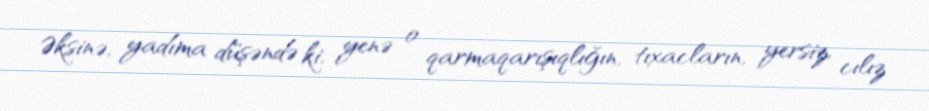
Əksinə, yadıma düşəndə ki, yenə o qarmaqarışıqlığın, tıxacların, yersiz, cılız